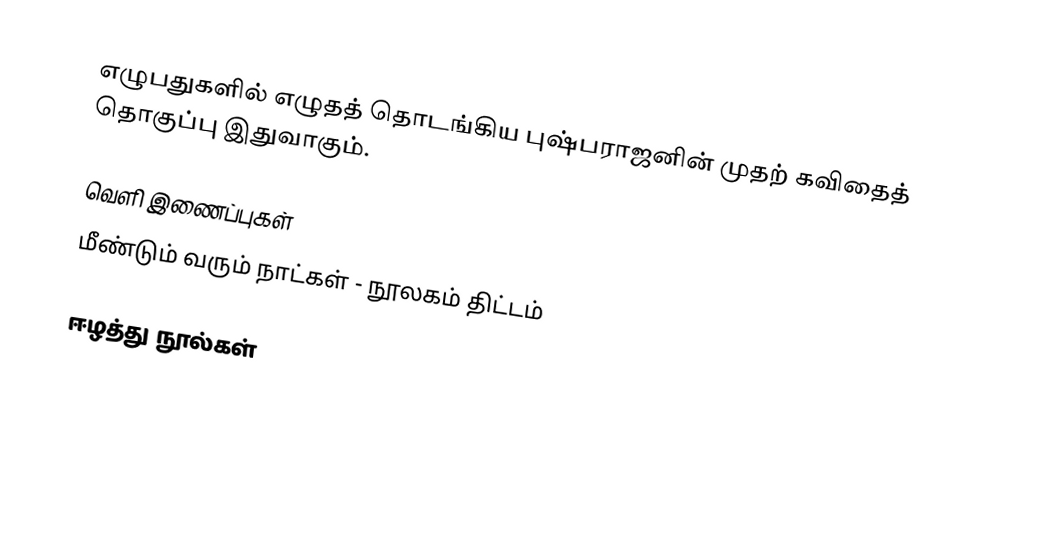
எழுபதுகளில் எழுதத் தொடங்கிய புஷ்பராஜனின் முதற் கவிதைத் தொகுப்பு இதுவாகும்.

வெளி இணைப்புகள்
 மீண்டும் வரும் நாட்கள் - நூலகம் திட்டம்

ஈழத்து நூல்கள்